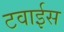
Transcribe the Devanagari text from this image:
टवाईस